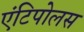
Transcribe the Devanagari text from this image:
एंटिपोलस